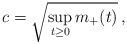
LaTeX: \begin{align*} c = \sqrt{ \sup_{t\geq 0} m_+(t)}\,, \end{align*}